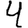
Digit: 4